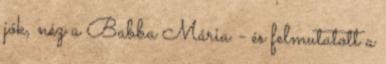
jók, néz a Babba Mária - és felmutatott a